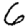
Digit: 6